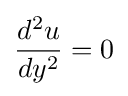
{\frac {d^{2}u}{dy^{2}}}=0